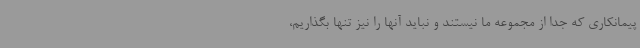
پیمانکاری که جدا از مجموعه ما نیستند و نباید آنها را نیز تنها بگذاریم،